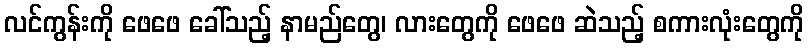
လင်ကွန်းကို ဖေဖေ ခေါ်သည့် နာမည်တွေ၊ လားတွေကို ဖေဖေ ဆဲသည့် စကားလုံးတွေကို